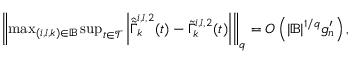
\begin{array} { r } { \left\| \operatorname* { m a x } _ { ( i , l , k ) \in \mathbb { B } } \operatorname* { s u p } _ { t \in \mathcal { T } } \left| \hat { \tilde { \Gamma } } _ { k } ^ { i , l , 2 } ( t ) - \tilde { \Gamma } _ { k } ^ { i , l , 2 } ( t ) \right| \right\| _ { q } = O \left( | \mathbb { B } | ^ { 1 / q } g _ { n } ^ { \prime } \right) , } \end{array}